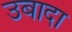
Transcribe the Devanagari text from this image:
उबादा